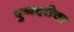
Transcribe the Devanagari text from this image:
पुष्पदरीचा